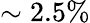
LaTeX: \sim 2.5\%